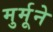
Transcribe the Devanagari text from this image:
मुर्मूने